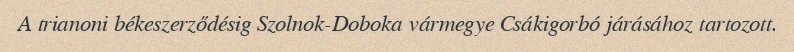
A trianoni békeszerződésig Szolnok-Doboka vármegye Csákigorbó járásához tartozott.